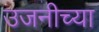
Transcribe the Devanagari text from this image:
उजनीच्या